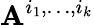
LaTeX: \mathbf{A}^{i_{1},\dots,i_{k}}